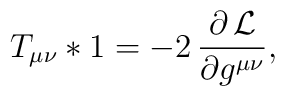
T_{\mu \nu}*1=-2\,\frac{\partial \,{\cal L}}{\partial g^{\mu \nu}},